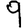
Digit: 9